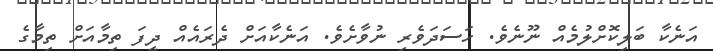
އަނެކާ ބަލިކޮށްލުމެއް ނޫނެވެ. ހަސަދަވެރި ނުވާށެވެ. އަނެކާއަށް ދެރައެއް ދީފަ ތިމާއަށް ތިމާގެ